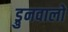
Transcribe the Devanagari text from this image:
ड्रुनवालो